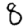
Digit: 8